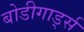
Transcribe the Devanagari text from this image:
बोडीगार्ड्स